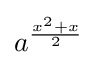
a^{\frac {x^{2}+x}{2}}